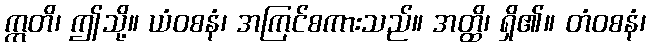
ဣတိ၊ ဤသို့။ ယံဝစနံ၊ အကြင်စကားသည်။ အတ္ထိ၊ ရှိ၏။ တံဝစနံ၊